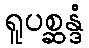
ရူပစ္ဆန္ဒံ